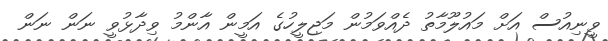
ވީނިއުސް އަށް މައުލޫމާތު ދެއްވަމުން މަޖިލީހުގެ އަމީން އާންމު ވިދާޅުވީ ނަން ނަން